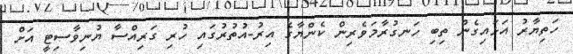
ހަތިޔާރު އަޅައިގެން ތިބި ހަނގުރާމަވެރިން ކެންޔާގެ އިރު-އުތުރުގައި ހުރި ގަރިއްސާ ޔުނިވާސިޓީ އަށް